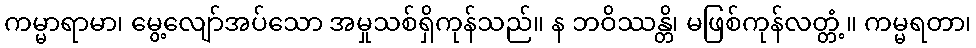
ကမ္မာရာမာ၊ မွေ့လျော်အပ်သော အမှုသစ်ရှိကုန်သည်။ န ဘဝိဿန္တိ၊ မဖြစ်ကုန်လတ္တံ့။ ကမ္မရတာ၊